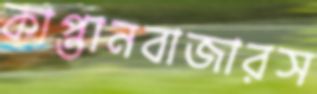
কাপ্তানবাজারস